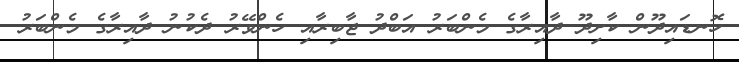
ހޮނޑައިދޫން ކާށިދޫ ދާއިރާގެ މެންބަރު އަބްދު ޖާބިރާއި ހެންވޭރު ދެކުނު ދާއިރާގެ މެންބަރު